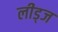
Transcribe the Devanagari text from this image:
लीड्ज